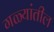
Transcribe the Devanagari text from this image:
गळ्यांतील